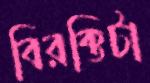
বিরক্তিটা